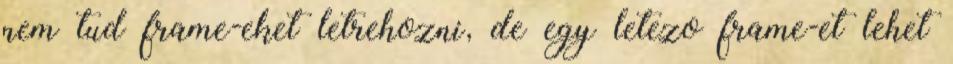
nem tud frame-eket letrehozni, de egy letezo frame-et lehet